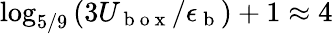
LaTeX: \log_{5/9}\left(3U_{\mathrm{~b~o~x~}}/\epsilon_{\mathrm{~b~}}\right)+1\approx 4